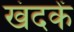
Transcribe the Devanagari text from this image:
खंदकें